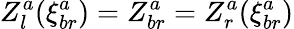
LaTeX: Z_{l}^{a}(\xi_{br}^{a})=Z_{br}^{a}=Z_{r}^{a}(\xi_{br}^{a})